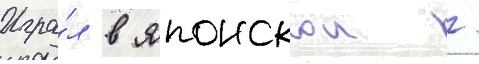
Игра́л в японскои /